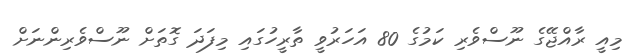
މިއީ ރާއްޖޭގެ ނޫސްވެރި ކަމުގެ 80 އަހަރުވީ ތާރީހުގައި މިފަދަ ގޮތަށް ނޫސްވެރިންނަށް